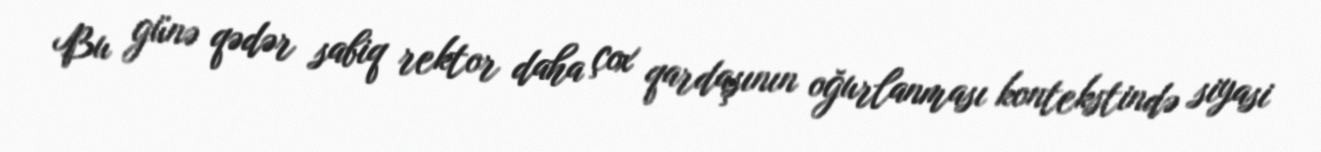
Bu günə qədər sabiq rektor daha çox qardaşının oğurlanması kontekstində siyasi